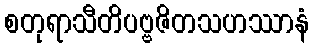
စတုရာသီတိပဗ္ဗဇိတသဟဿာနံ